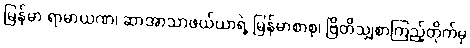
မြန်မာ ရာမာယဏ၊ ဆာအာသာဖယ်ယာရဲ့ မြန်မာစာစု၊ ဗြိတိသျှစာကြည့်တိုက်မှ